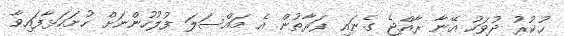
ހުކުރު ދުވަހު އޭނާ ރާއްޖެ ގެނައި ފަރާތުން އެ މައްސަލަ ފުލުހުންނަށް ހުށަހަޅާފައިވާ